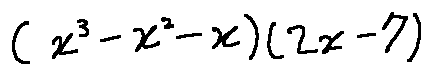
( x ^ { 3 } - x ^ { 2 } - x ) ( 2 x - 7 )